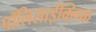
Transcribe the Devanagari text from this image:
पॉलिसाईक्लिक